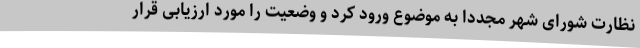
نظارت شورای شهر مجددا به موضوع ورود کرد و وضعیت را مورد ارزیابی قرار